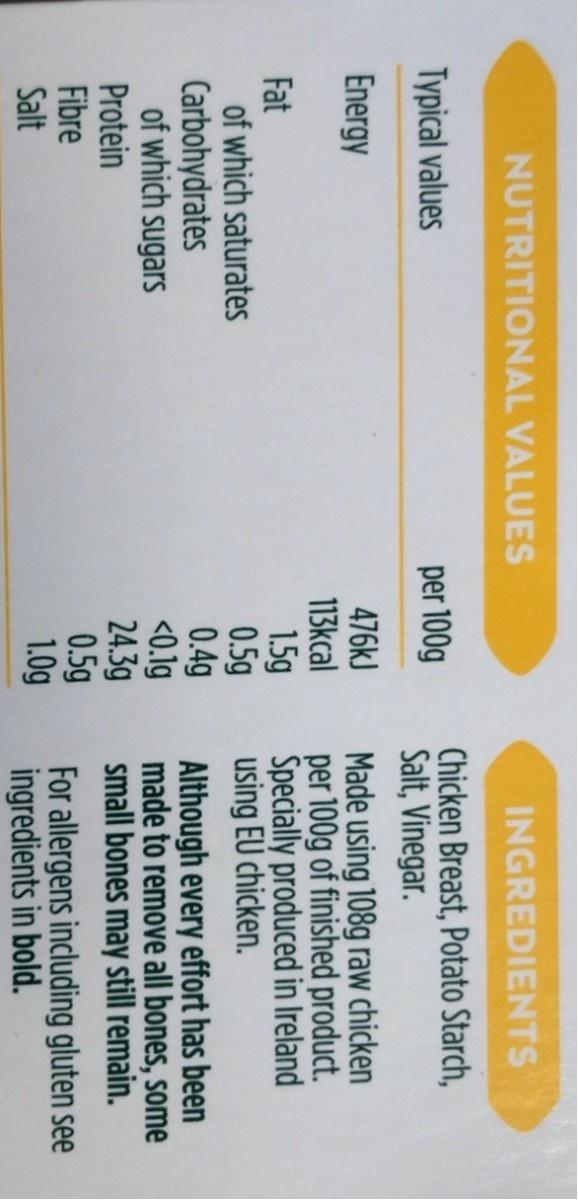
NUTRITIONAL VALUES
INGREDIENTS
Chicken Breast, Potato Starch, Salt, Vinegar.
Typical values
per 100g
476kJ 113kcal 1.5g 0.5g 0.4g <0.lg 24.3g 0.5g 1.0g
Made using 108g raw chicken per 100g of finished product. Specially produced in Ireland using EU chicken.
Energy
Fat of which saturates Carbohydrates of which sugars Protein Fibre Salt
Although every effort has been made to remove all bones, some small bones may still remain.
For allergens including gluten see ingredients in bold.